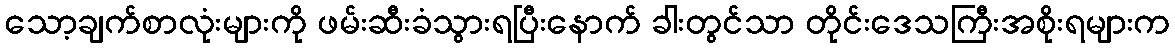
သော့ချက်စာလုံးများကို ဖမ်းဆီးခံသွားရပြီးနောက် ခါးတွင်သာ တိုင်းဒေသကြီးအစိုးရများက